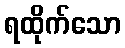
ရထိုက်သော